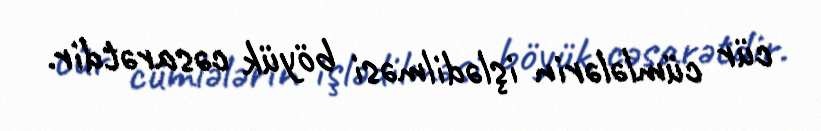
cür cümlələrin işlədilməsi böyük cəsarətdir.